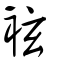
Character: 袨